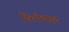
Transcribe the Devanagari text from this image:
हिरापैथाइट